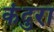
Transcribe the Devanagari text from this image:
कंदुरा